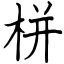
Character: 栟